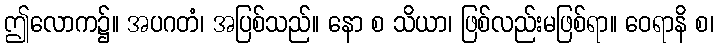
ဤလောက၌။ အပဂတံ၊ အပြစ်သည်။ နော စ သိယာ၊ ဖြစ်လည်းမဖြစ်ရာ။ ဝေရာနိ စ၊